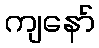
ကျနော်